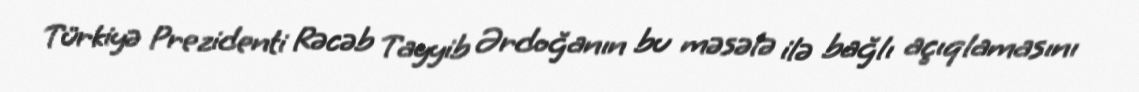
Türkiyə Prezidenti Rəcəb Tayyib Ərdoğanın bu məsələ ilə bağlı açıqlamasını